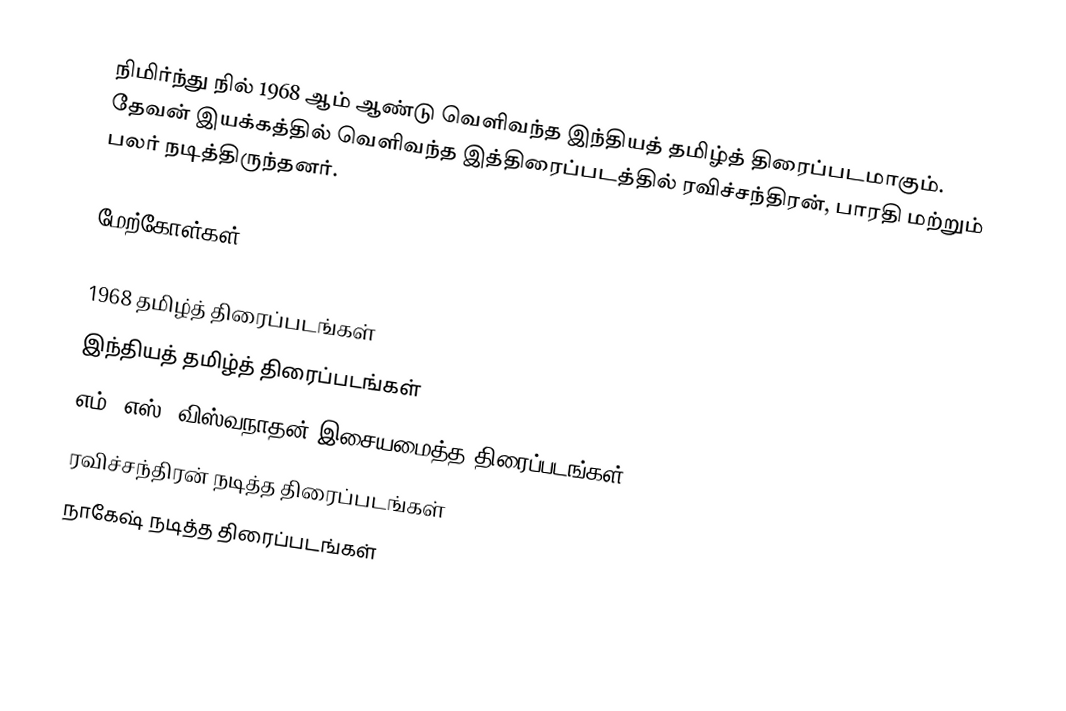
நிமிர்ந்து நில் 1968 ஆம் ஆண்டு வெளிவந்த இந்தியத் தமிழ்த் திரைப்படமாகும். தேவன் இயக்கத்தில் வெளிவந்த இத்திரைப்படத்தில் ரவிச்சந்திரன், பாரதி மற்றும் பலர் நடித்திருந்தனர்.

மேற்கோள்கள்

1968 தமிழ்த் திரைப்படங்கள்
இந்தியத் தமிழ்த் திரைப்படங்கள்
எம். எஸ். விஸ்வநாதன் இசையமைத்த திரைப்படங்கள்
ரவிச்சந்திரன் நடித்த திரைப்படங்கள்
நாகேஷ் நடித்த திரைப்படங்கள்